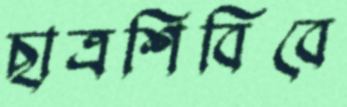
ছাত্রশিবিবে